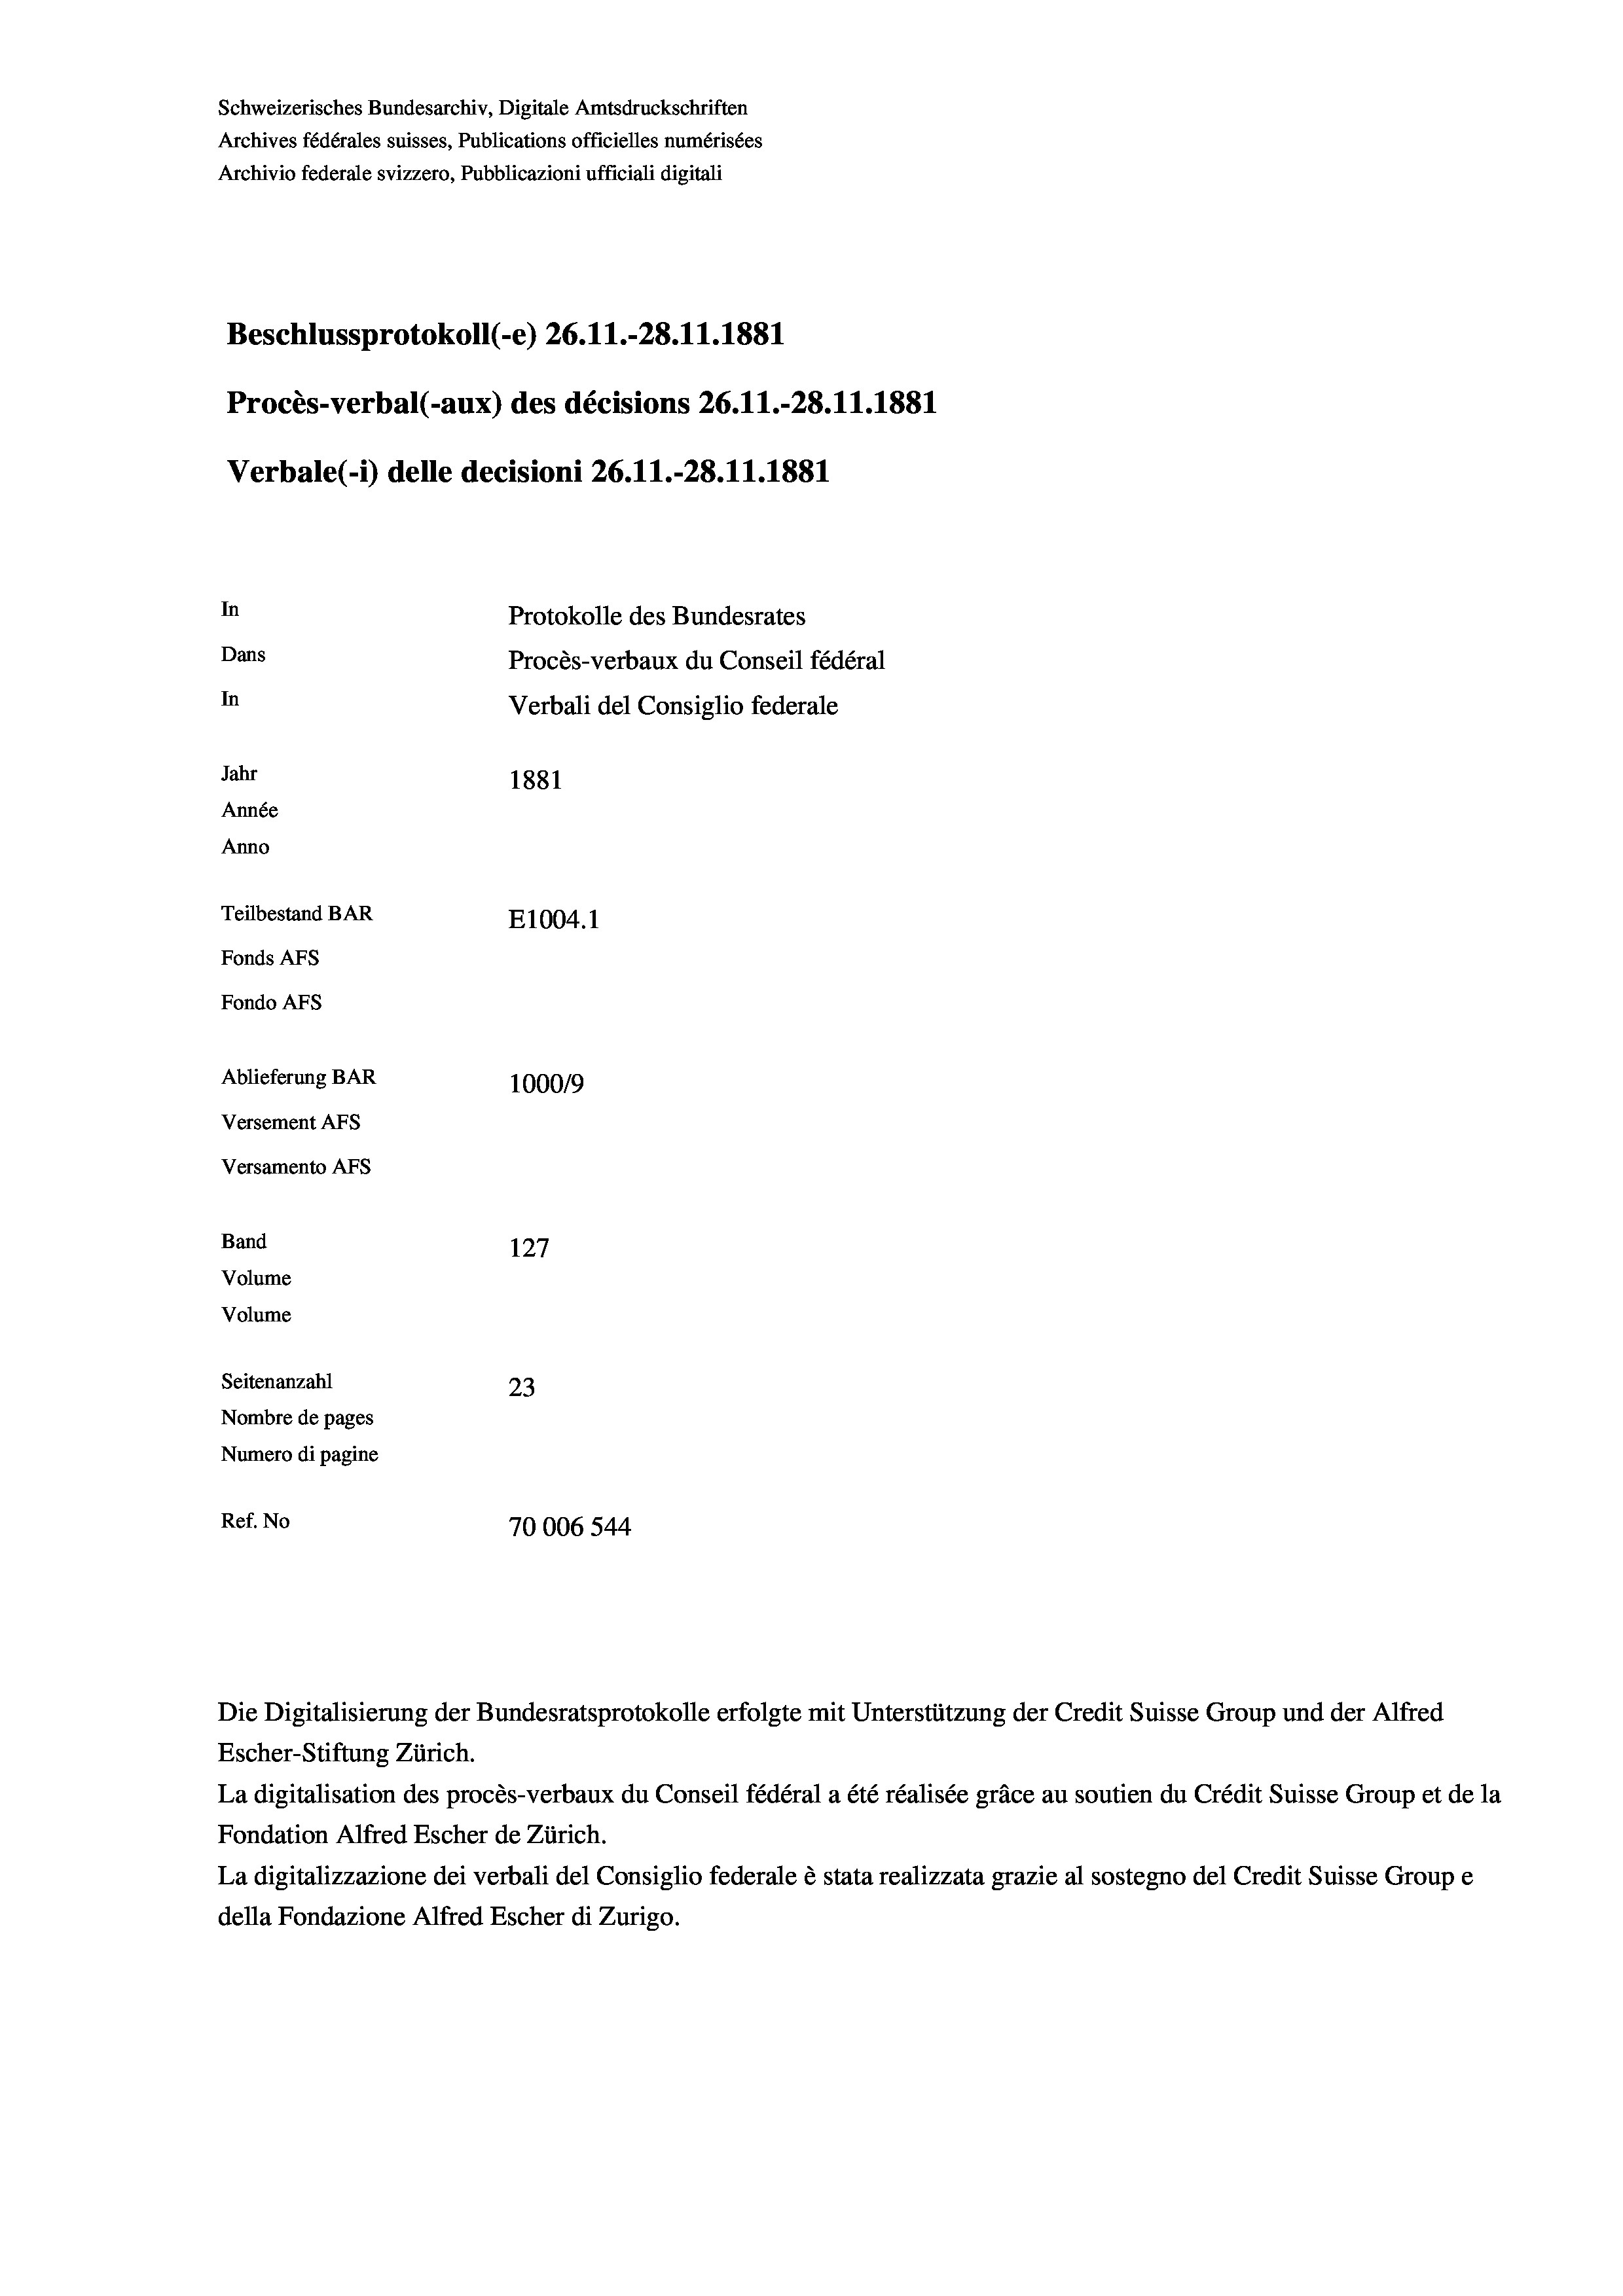
Schweizerisches Bundesarchiv, Digitale Amtsdruckschriften
Archives fédérales suisses, Publications officielles numérisées
Archivio federale svizzero, Pubblicazioni ufficiali digitali
Beschlussprotokoll (-e) 26. 11.-28.11.1881
Procès-verbal (-aux) des décisions 26. 11.-28.11.1881
Verbale (- 1) delle decisioni 26. 11.-28.11.1881
In
Protokolle des Bundesrates
Dans
Procès-verbaux du Conseil fédéral
In
Verbali del Consiglio federale
Jahr
1881
Année
Anno
Teilbestand BAR
E1004.1
Fonds AFs
Fondo AFS
Ablieferung BAR
100019
Versement AFs
Versamento Afs
Band
127
Volume
Volume
Seitenanzahl
23
Nombre de pages
Numero di pagine
Ref. No
70006544

Die Digitalisierung der Bundesratsprotokolle erfolgte mit Unterstützung der Credit Suisse Group und der Alfred
Escher-Stiftung Zürich.
La digitalisation des procès-verbaux du Conseil fédéral a été réalisée gräce au soutien du Crédit Suisse Group et de la
Fondation Alfred Escher de Zürich.
La digitalizzazione dei verbali del Consiglio federale è stata realizzata grazie al sostegno del Credit Suisse Groupe
della Fondazione Alfred Escher di Zurigo.